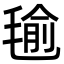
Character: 毺